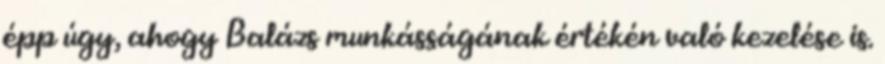
épp úgy, ahogy Balázs munkásságának értékén való kezelése is.